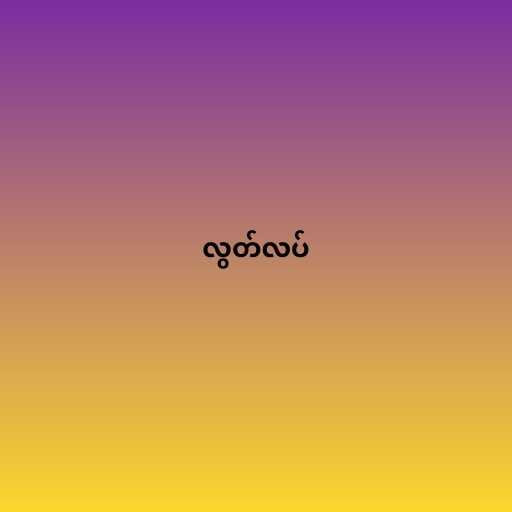
လွတ်လပ်